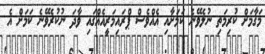
މަގާމަށް ކުރިމަތި ނުލެވޭނެ ކަމަށާއި އެއްވެސް ޕްރައިމަރީއެއްގައި ވާދަ ނުކުރެވޭނެ ކަމަށް އެ